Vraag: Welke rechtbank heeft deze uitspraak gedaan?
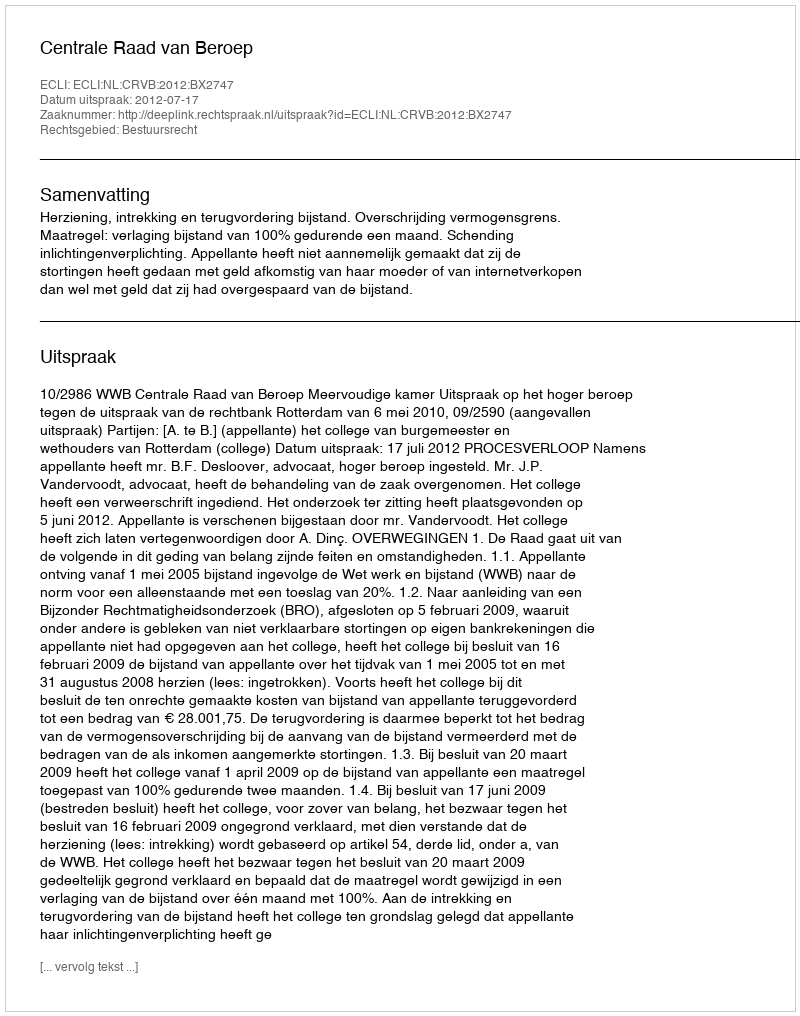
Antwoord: Centrale Raad van Beroep